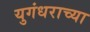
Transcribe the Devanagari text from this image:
युगंधराच्या